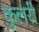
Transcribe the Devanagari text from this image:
कुलरी